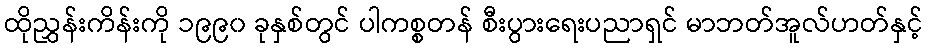
ထိုညွှန်းကိန်းကို ၁၉၉၀ ခုနှစ်တွင် ပါကစ္စတန် စီးပွားရေးပညာရှင် မာဘတ်အူလ်ဟတ်နှင့်